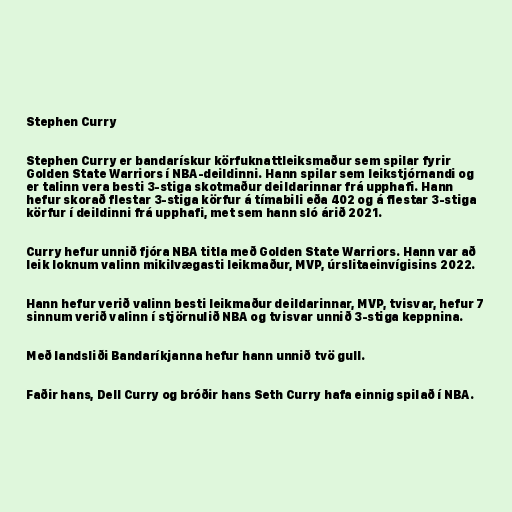
Stephen Curry

Stephen Curry er bandarískur körfuknattleiksmaður sem spilar fyrir
Golden State Warriors í NBA-deildinni. Hann spilar sem leikstjórnandi og
er talinn vera besti 3-stiga skotmaður deildarinnar frá upphafi. Hann
hefur skorað flestar 3-stiga körfur á tímabili eða 402 og á flestar 3-stiga
körfur í deildinni frá upphafi, met sem hann sló árið 2021.

Curry hefur unnið fjóra NBA titla með Golden State Warriors. Hann var að
leik loknum valinn mikilvægasti leikmaður, MVP, úrslitaeinvígisins 2022.

Hann hefur verið valinn besti leikmaður deildarinnar, MVP, tvisvar, hefur 7
sinnum verið valinn í stjörnulið NBA og tvisvar unnið 3-stiga keppnina.

Með landsliði Bandaríkjanna hefur hann unnið tvö gull.

Faðir hans, Dell Curry og bróðir hans Seth Curry hafa einnig spilað í NBA.